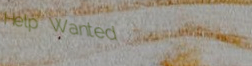
Help Wanted